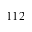
1 1 2